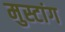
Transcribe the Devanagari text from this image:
मुस्टांग